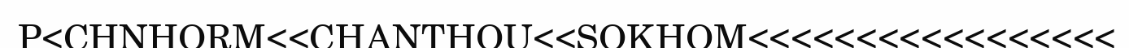
P<CHNHORM<<CHANTHOU<<SOKHOM<<<<<<<<<<<<<<<<<